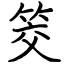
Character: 筊